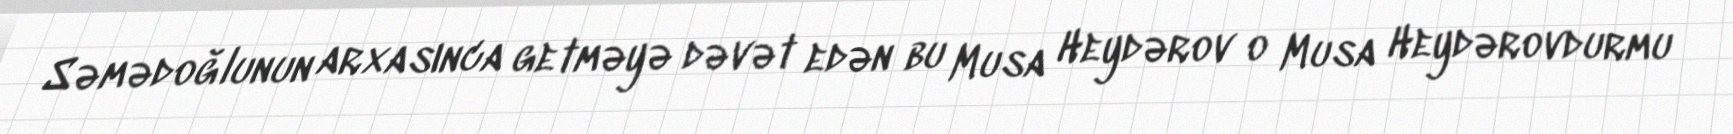
Səmədoğlunun arxasınca getməyə dəvət edən bu Musa Heydərov o Musa Heydərovdurmu